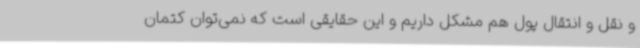
و نقل و انتقال پول هم مشکل داریم و این حقایقی است که نمی‌توان کتمان